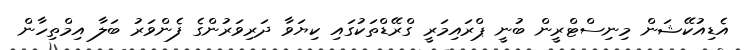
އެޑިއުކޭޝަން މިނިސްޓްރީން ބުނީ ޕްރައިމަރީ ގްރޭޑްތަކުގައި ކިޔަވާ ދަރިވަރުންގެ ފެންވަރު ބަލާ އިމްތިހާން